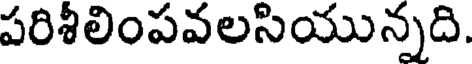
పరిశీలింపవలసియున్నది.